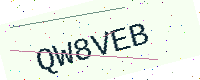
Text: QW8VEB